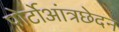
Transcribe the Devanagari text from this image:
पोर्टोआंत्रछेदन